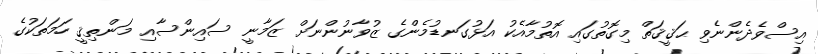
އިސްވެދެންނެވި ޙަޤީޤަތް މިގޮތުގައި އޮތުމާއެކު އަޅުގަނޑުމެންގެ ޒުވާނުންނަށް ޒަމާނީ ސައިންސާއި މަންތިޤީ ހަމަތަކުގެ